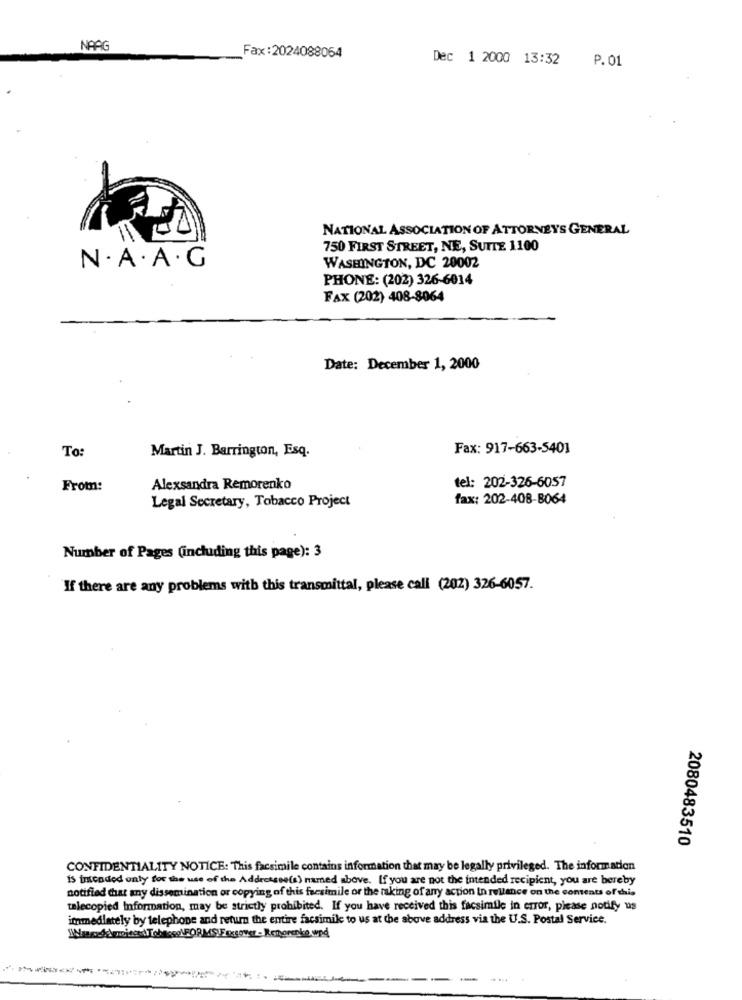
NAAG
Fax : 2024088064
Dec 1 2000 13:32
P. 01
NATIONAL ASSOCIATION OF ATTORNEYS GENERAL
750 FIRST STREET, NE, SUTTE 1100
N . A . A . G
WASHINGTON, DC 20002
PHONE: (202) 326-6014
FAX (202) 408-8064
Date: December 1, 2000
To:
Fax: 917-663-5401
Martin J. Barrington, Esq.
tel: 202-326-6057
From:
Alexsandra Remorenko
Legal Secretary, Tobacco Project
fax: 202-408-8064
Number of Pages (including this page): 3
If there are any problems with this transmittal, please call (202) 326-6057.
2080483510
CONFIDENTIALITY NOTICE: This facsimile contains information that may be legally privileged. The information
IS intended only for the use of the Addressee(s) named above. If you are not the intended recipient, you are hereby
notified that any dissemination or copying of this facsimile or the taking of any action In reliance on the contents of this
talecopied Information, may be strictly prohibited. If you have received this facsimile in error, please notify us
immediately by telephone and return the entire facsimile to us at the above address via the U.S. Postal Service.